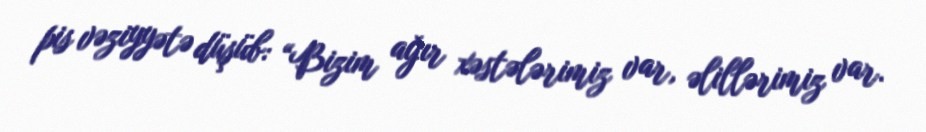
pis vəziyyətə düşüb: “Bizim ağır xəstələrimiz var, əlillərimiz var.